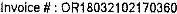
INVOICE # : OR18032102170360